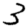
Digit: 3